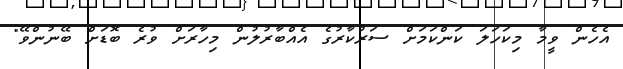
އެހެން ވީމާ މިކަހަލަ ކަންކަމަށް ސަރުކާރުގެ އެއްބާރުލުން މިހާރަށް ވުރެ ބޮޑަށް ބޭނުންވޭ"